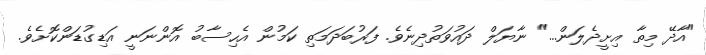
"އާދޭ މިތާ އިށީދެލަން..." ނާޔަލް ދައުވަތުދިނެވެ. ފަރުބަދަމަތި ކަމުން އެހިސާބު އޮންނަނީ އަޑިގުޑަންކޮށެވެ.